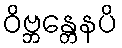
ဝိဗ္ဘန္တေနပိ